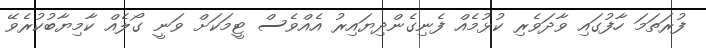
ފުރަތަމަ ހާފުގައި ވާދަވެރި ކުޅުމެއް ފެނިގެންދިޔައިރު އެއްވެސް ޓީމަކަށް ވަނީ ގޯލެއް ކާމިޔާބުކުރެވޭ